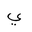
Letter: _ya